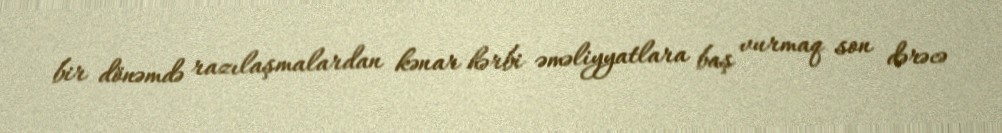
bir dönəmdə razılaşmalardan kənar hərbi əməliyyatlara baş vurmaq son dərəcə